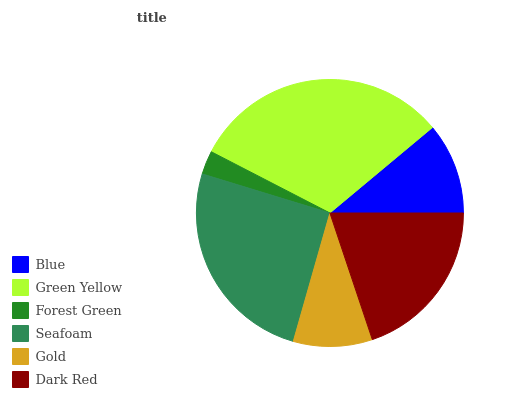
| Blue | Green Yellow | Forest Green | Seafoam | Gold | Dark Red |
 | --- | --- | --- | --- | --- | --- |
 | 11.1% | 31.3% | 2.86% | 25.3% | 9.56% | 19.9% |